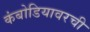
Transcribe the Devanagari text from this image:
कंबोडियावरची